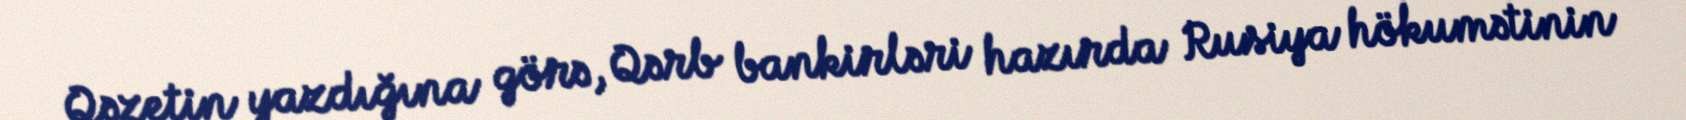
Qəzetin yazdığına görə, Qərb bankirləri hazırda Rusiya hökumətinin